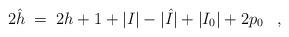
LaTeX: \begin{align*}2 \hat{h} \;=\; 2h + 1 + |I| - |\hat{I}| + |I_0| + 2 p_0 \;\;\; , \end{align*}